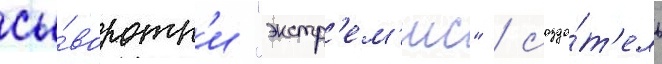
сы́воротк'и "экстр'ем'ис" / созда́т'ель